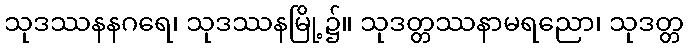
သုဒဿနနဂရေ၊ သုဒဿနမြို့၌။ သုဒတ္တဿနာမရညော၊ သုဒတ္တ